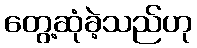
တွေ့ဆုံခဲ့သည်ဟု